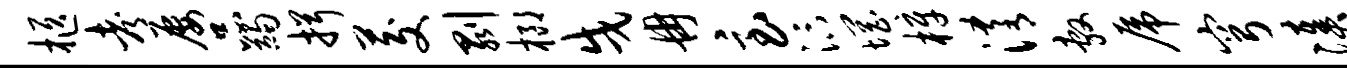
柩考屡品蠲揖茭剥榔戌冉急汴惘梓淆敷虎穹凑